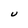
Character: U